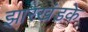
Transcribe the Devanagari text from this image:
झारखंडके